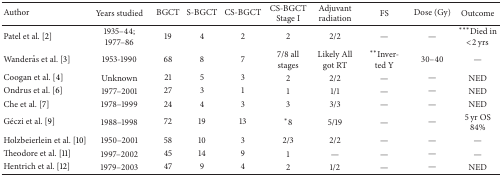
<table><thead><tr><td><b>Author</b></td><td><b>Years studied</b></td><td><b>BGCT</b></td><td><b>S-BGCT</b></td><td><b>CS-BGCT </b></td><td><b>CS-BGCT Stage I</b></td><td><b>Adjuvant radiation</b></td><td><b>FS</b></td><td><b>Dose (Gy)</b></td><td><b>Outcome</b></td></tr></thead><tbody><tr><td>Patel et al. [2] </td><td>1935–44; 1977–86</td><td>19</td><td>4</td><td>2</td><td>2</td><td>2/2</td><td>—</td><td>—</td><td>***Died in &lt;2 yrs</td></tr><tr><td>Wanderås et al. [3]</td><td>1953-1990</td><td>68</td><td>8</td><td>7</td><td>7/8 all stages</td><td>Likely All got RT</td><td>**Inver- ted Y</td><td>30–40</td><td>—</td></tr><tr><td>Coogan et al. [4]</td><td>Unknown </td><td>21</td><td>5</td><td>3</td><td>2</td><td>2/2 </td><td>—</td><td>—</td><td>NED</td></tr><tr><td>Ondrus et al. [6]</td><td>1977–2001</td><td>27</td><td>3</td><td>1</td><td>1</td><td>1/1</td><td>—</td><td>—</td><td>NED</td></tr><tr><td>Che et al. [7]</td><td>1978–1999</td><td>24</td><td>4</td><td>3</td><td>3</td><td>3/3 </td><td>—</td><td>—</td><td>NED</td></tr><tr><td>Géczi et al. [9]</td><td>1988–1998</td><td>72</td><td>19</td><td>13</td><td>*8</td><td>5/19 </td><td>—</td><td>—</td><td>5 yr OS 84%</td></tr><tr><td>Holzbeierlein et al. [10]</td><td>1950–2001</td><td>58</td><td>10 </td><td>3</td><td>2/3</td><td>2/2 </td><td>—</td><td>—</td><td>—</td></tr><tr><td>Theodore et al. [11]</td><td>1997–2002</td><td>45</td><td>14</td><td>9</td><td>1</td><td>—</td><td>—</td><td>—</td><td>—</td></tr><tr><td>Hentrich et al. [12]</td><td>1979–2003</td><td>47</td><td>9</td><td>4</td><td>2</td><td>1/2 </td><td>—</td><td>—</td><td>NED</td></tr></tbody></table>